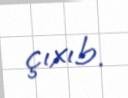
çıxıb.